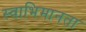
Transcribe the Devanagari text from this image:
स्वाभिमानता